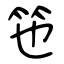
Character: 竾